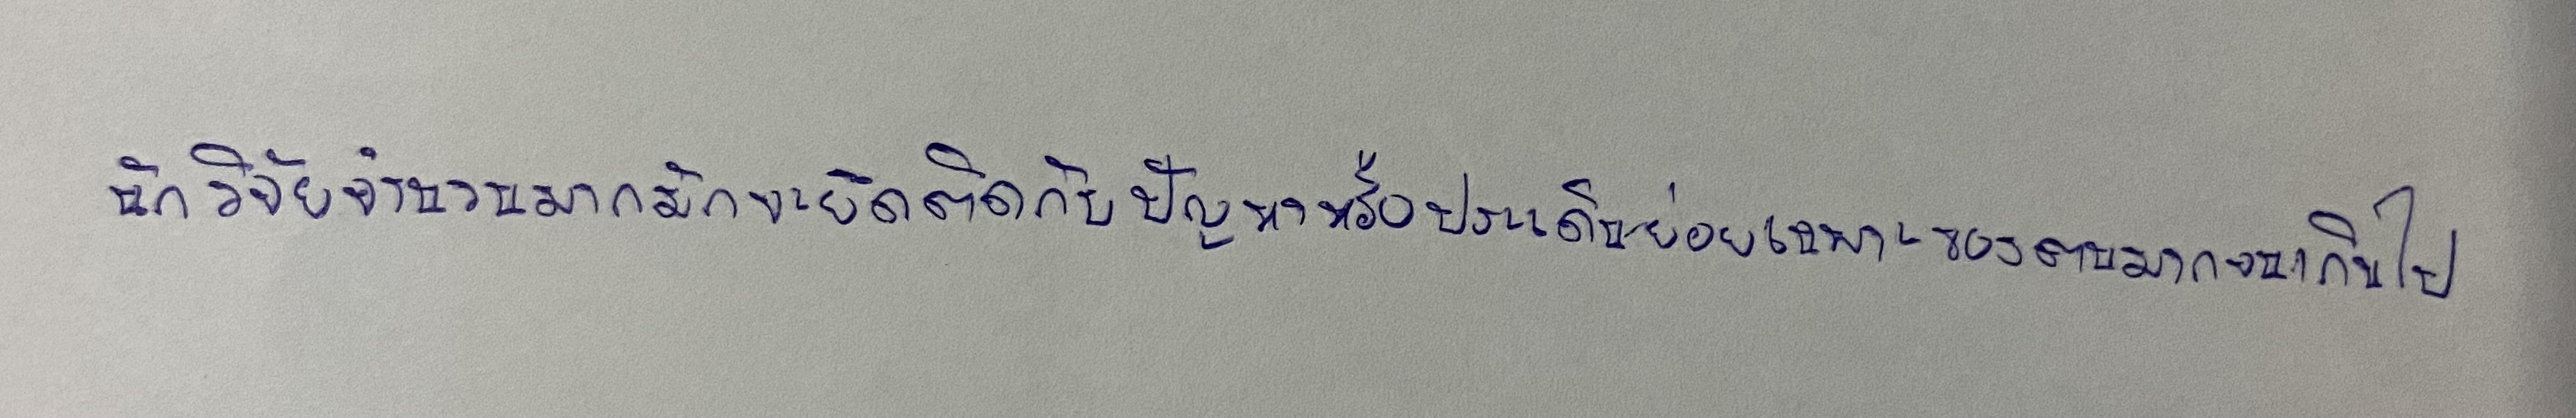
นักวิจัยจำนวนมากมักจะยึดติดกับปัญหาหรือประเด็นย่อยเฉพาะของตนมากจนเกินไป